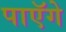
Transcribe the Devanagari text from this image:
पाएॅगे